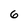
Character: 6